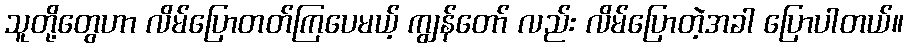
သူတို့တွေဟာ လိမ်ပြောတတ်ကြပေမယ့် ကျွန်တော် လည်း လိမ်ပြောတဲ့အခါ ပြောပါတယ်။